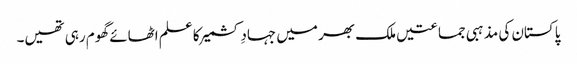
پاکستان کی مذہبی جماعتیں ملک بھر میں جہادِ کشمیر کا علم اٹھائے گھوم رہی تھیں۔